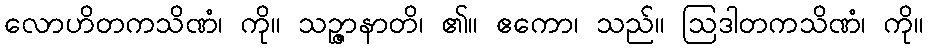
လောဟိတကသိဏံ၊ ကို။ သဉ္ဇာနာတိ၊ ၏။ ဧကော၊ သည်။ ဩဒါတကသိဏံ၊ ကို။